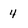
Character: 4